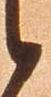
候